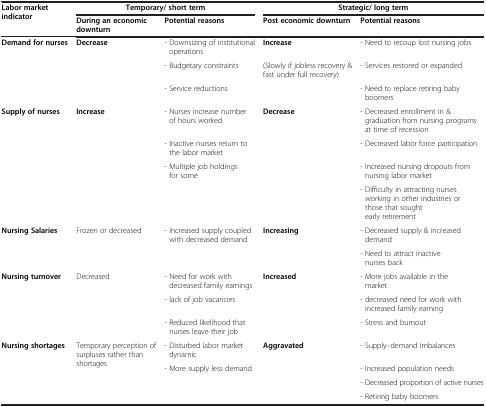
<table><thead><tr><td><b>Labor market indicator</b></td><td colspan="2"><b>Temporary/ short term</b></td><td colspan="2"><b>Strategic/ long term</b></td></tr><tr><td><b> </b></td><td><b>During an economic downturn</b></td><td><b>Potential reasons</b></td><td><b>Post economic downturn</b></td><td><b>Potential reasons</b></td></tr></thead><tbody><tr><td><b>Demand for nurses</b></td><td><b>Decrease</b></td><td>- Downsizing of institutional operations</td><td><b>Increase</b></td><td>- Need to recoup lost nursing jobs</td></tr><tr><td> </td><td> </td><td>- Budgetary constraints</td><td>(Slowly if jobless recovery &amp; fast under full recovery)</td><td>- Services restored or expanded</td></tr><tr><td> </td><td> </td><td>- Service reductions</td><td> </td><td>- Need to replace retiring baby boomers</td></tr><tr><td><b>Supply of nurses</b></td><td><b>Increase</b></td><td>- Nurses increase number of hours worked</td><td><b>Decrease</b></td><td>- Decreased enrollment in &amp; graduation from nursing programs at time of recession</td></tr><tr><td> </td><td> </td><td>- Inactive nurses return to the labor market</td><td> </td><td>- Decreased labor force participation</td></tr><tr><td> </td><td> </td><td>- Multiple job holdings for some</td><td> </td><td>- Increased nursing dropouts from nursing labor market</td></tr><tr><td> </td><td> </td><td> </td><td> </td><td>- Difficulty in attracting nurses working in other industries or those that sought early retirement</td></tr><tr><td><b>Nursing Salaries</b></td><td>Frozen or decreased</td><td>- Increased supply coupled with decreased demand</td><td><b>Increasing</b></td><td>- Decreased supply &amp; increased demand</td></tr><tr><td> </td><td> </td><td> </td><td> </td><td>- Need to attract inactive nurses back</td></tr><tr><td><b>Nursing turnover</b></td><td>Decreased</td><td>- Need for work with decreased family earnings</td><td><b>Increased</b></td><td>- More jobs available in the market</td></tr><tr><td> </td><td> </td><td>- lack of job vacancies</td><td> </td><td>- decreased need for work withincreased family earning</td></tr><tr><td> </td><td> </td><td>- Reduced likelihood that nurses leave their job</td><td> </td><td>- Stress and burnout</td></tr><tr><td><b>Nursing shortages</b></td><td>Temporary perception of surpluses rather than shortages</td><td>- Disturbed labor market dynamic</td><td><b>Aggravated</b></td><td>- Supply–demand imbalances</td></tr><tr><td> </td><td> </td><td>- More supply less demand</td><td> </td><td>- Increased population needs</td></tr><tr><td> </td><td> </td><td> </td><td> </td><td>- Decreased proportion of active nurses</td></tr><tr><td> </td><td> </td><td> </td><td> </td><td>- Retiring baby boomers</td></tr></tbody></table>